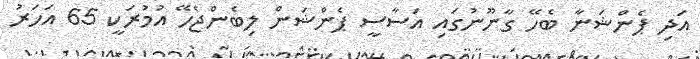
އަދި ޕެންޝަނާ ބެހޭ ގާނޫނުގައި އަސާސީ ޕެންޝަން ލިބެންޖެހޭ އުމުރަކީ 65 އަހަރު